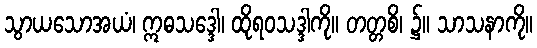
သွာယသောအယံ၊ ဣဓသဒ္ဒေါ၊ ထိုရဝသဒ္ဒါကို။ တတ္တစိ၊ ၌။ သာသနာကို။